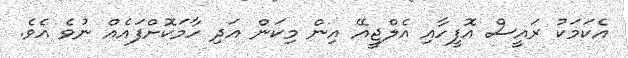
އެކަމަކު ރައީސް އޮފީހާއި އެލްޖީއޭ އިން މިކަން އަދި ހާމަކޮށްފައެއް ނުވެ އެވެ.